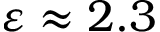
\varepsilon \approx 2 . 3